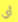
أي